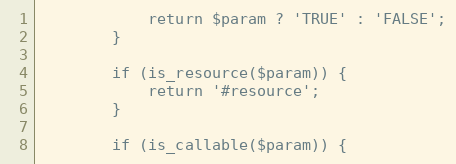
Language: PHP
            return $param ? 'TRUE' : 'FALSE';
        }

        if (is_resource($param)) {
            return '#resource';
        }

        if (is_callable($param)) {